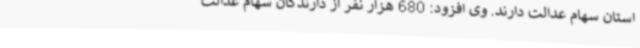
استان سهام عدالت دارند. وی افزود: 680 هزار نفر از دارندگان سهام عدالت